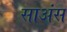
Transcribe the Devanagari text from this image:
साअंस